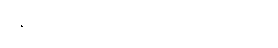
ပန်းသီး ၁လုံးကို ဘယ်လောက်လဲ။